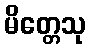
မိတ္တေသု